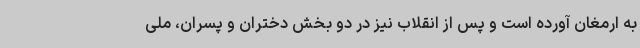
به ارمغان آورده است و پس از انقلاب نیز در دو بخش دختران و پسران، ملی